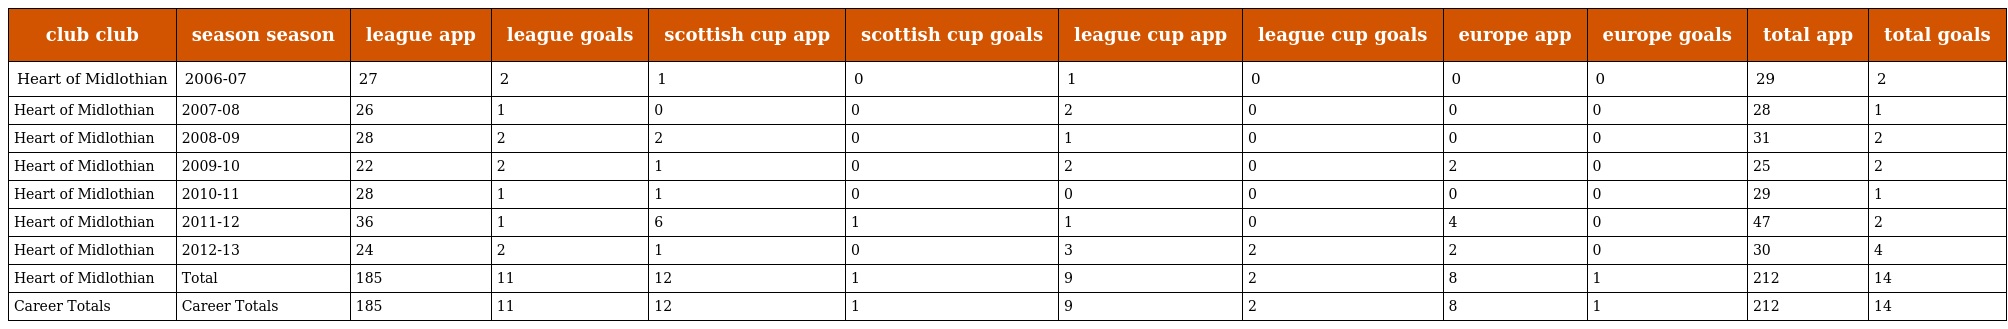
| club club | season season | league app | league goals | scottish cup app | scottish cup goals | league cup app | league cup goals | europe app | europe goals | total app | total goals |
 | --- | --- | --- | --- | --- | --- | --- | --- | --- | --- | --- | --- |
 | Heart of Midlothian | 2006-07 | 27 | 2 | 1 | 0 | 1 | 0 | 0 | 0 | 29 | 2 |
 | Heart of Midlothian | 2007-08 | 26 | 1 | 0 | 0 | 2 | 0 | 0 | 0 | 28 | 1 |
 | Heart of Midlothian | 2008-09 | 28 | 2 | 2 | 0 | 1 | 0 | 0 | 0 | 31 | 2 |
 | Heart of Midlothian | 2009-10 | 22 | 2 | 1 | 0 | 2 | 0 | 2 | 0 | 25 | 2 |
 | Heart of Midlothian | 2010-11 | 28 | 1 | 1 | 0 | 0 | 0 | 0 | 0 | 29 | 1 |
 | Heart of Midlothian | 2011-12 | 36 | 1 | 6 | 1 | 1 | 0 | 4 | 0 | 47 | 2 |
 | Heart of Midlothian | 2012-13 | 24 | 2 | 1 | 0 | 3 | 2 | 2 | 0 | 30 | 4 |
 | Heart of Midlothian | Total | 185 | 11 | 12 | 1 | 9 | 2 | 8 | 1 | 212 | 14 |
 | Career Totals | Career Totals | 185 | 11 | 12 | 1 | 9 | 2 | 8 | 1 | 212 | 14 |